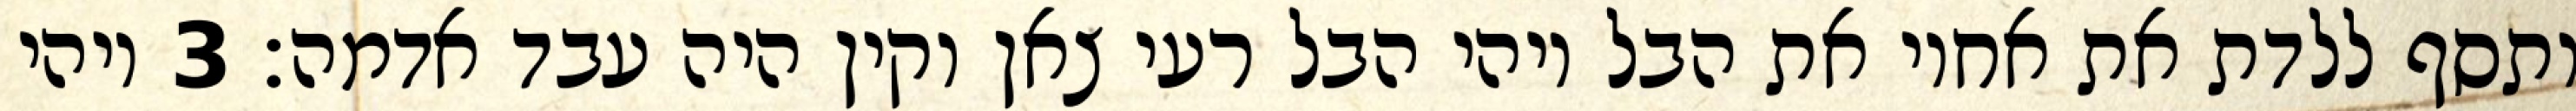
ותסף ללדת את אחיו את הבל ויהי הבל רעי צאן וקין היה עבד אדמה׃ ‎3‏ ויהי